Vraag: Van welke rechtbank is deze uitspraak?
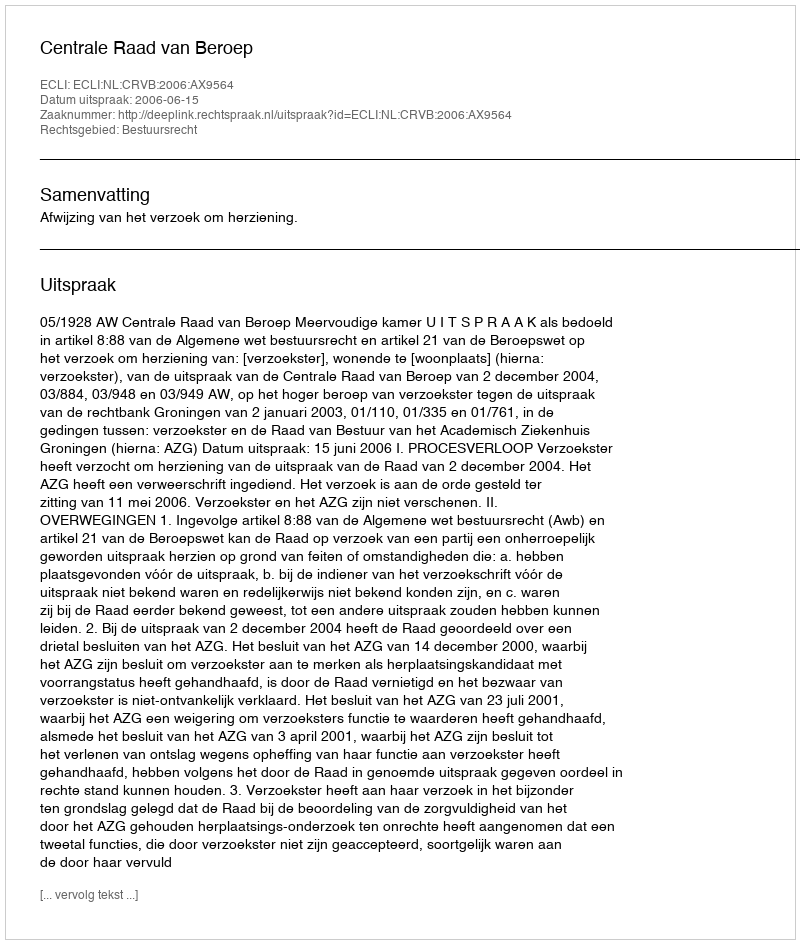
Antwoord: Centrale Raad van Beroep